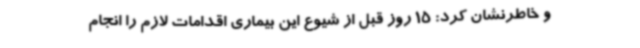
و خاطرنشان کرد: 15 روز قبل از شیوع این بیماری اقدامات لازم را انجام